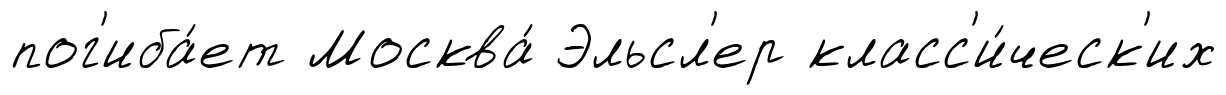
пог'иба́ет Москва́ Эльсл'ер класс'и́ческ'их